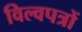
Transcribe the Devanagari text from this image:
विल्वपत्रों